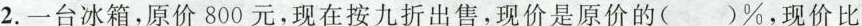
2.一台冰箱，原价800元，现在按九折出售，现价是原价的()%，现价比原价少()%，